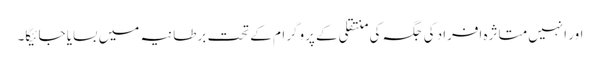
اور انہیں متاثرہ افراد کی جگہ کی منتقلی کے پروگرام کے تحت برطانیہ میں بسایا جائیگا۔